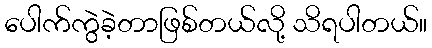
ပေါက်ကွဲခဲ့တာဖြစ်တယ်လို့ သိရပါတယ်။